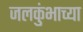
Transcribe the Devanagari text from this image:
जलकुंभाच्या